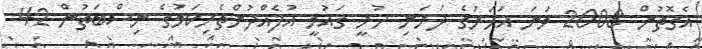
އެގޮތުން 2008 ވަނަ އަހަރުގެ ދަރަނި ހުރީ ގައުމީ އުފެއްދުންތެރިކަމުގެ ނިސްބަތުން 42